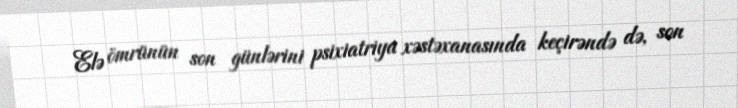
Elə ömrünün son günlərini psixiatriya xəstəxanasında keçirəndə də, son